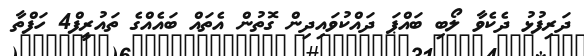
ދަރިފުޅު ދެކެވާ ލޯބި ބައްޕަ ދައްކުވައިދިން ގޮތުން އެތައް ބައެއްގެ ތައުރީފް4 ހަފްތާ